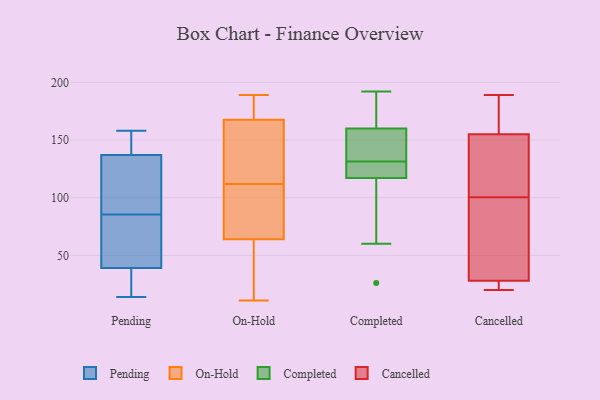
{"axis": {"x": "Satisfaction Score", "y": "Value"}, "legend": ["Cancelled", "Completed", "On-Hold", "Pending"], "data": [{"x": "", "y": 66, "type": "Pending"}, {"x": "", "y": 146, "type": "Pending"}, {"x": "", "y": 78, "type": "Pending"}, {"x": "", "y": 39, "type": "Pending"}, {"x": "", "y": 24, "type": "Pending"}, {"x": "", "y": 109, "type": "Pending"}, {"x": "", "y": 137, "type": "Pending"}, {"x": "", "y": 158, "type": "Pending"}, {"x": "", "y": 14, "type": "Pending"}, {"x": "", "y": 93, "type": "Pending"}, {"x": "", "y": 189, "type": "On-Hold"}, {"x": "", "y": 11, "type": "On-Hold"}, {"x": "", "y": 38, "type": "On-Hold"}, {"x": "", "y": 31, "type": "On-Hold"}, {"x": "", "y": 108, "type": "On-Hold"}, {"x": "", "y": 163, "type": "On-Hold"}, {"x": "", "y": 121, "type": "On-Hold"}, {"x": "", "y": 172, "type": "On-Hold"}, {"x": "", "y": 109, "type": "On-Hold"}, {"x": "", "y": 103, "type": "On-Hold"}, {"x": "", "y": 93, "type": "On-Hold"}, {"x": "", "y": 186, "type": "On-Hold"}, {"x": "", "y": 79, "type": "On-Hold"}, {"x": "", "y": 37, "type": "On-Hold"}, {"x": "", "y": 152, "type": "On-Hold"}, {"x": "", "y": 115, "type": "On-Hold"}, {"x": "", "y": 172, "type": "On-Hold"}, {"x": "", "y": 49, "type": "On-Hold"}, {"x": "", "y": 128, "type": "On-Hold"}, {"x": "", "y": 182, "type": "On-Hold"}, {"x": "", "y": 122, "type": "Completed"}, {"x": "", "y": 120, "type": "Completed"}, {"x": "", "y": 192, "type": "Completed"}, {"x": "", "y": 117, "type": "Completed"}, {"x": "", "y": 26, "type": "Completed"}, {"x": "", "y": 160, "type": "Completed"}, {"x": "", "y": 192, "type": "Completed"}, {"x": "", "y": 141, "type": "Completed"}, {"x": "", "y": 60, "type": "Completed"}, {"x": "", "y": 160, "type": "Completed"}, {"x": "", "y": 138, "type": "Cancelled"}, {"x": "", "y": 189, "type": "Cancelled"}, {"x": "", "y": 177, "type": "Cancelled"}, {"x": "", "y": 24, "type": "Cancelled"}, {"x": "", "y": 155, "type": "Cancelled"}, {"x": "", "y": 20, "type": "Cancelled"}, {"x": "", "y": 71, "type": "Cancelled"}, {"x": "", "y": 52, "type": "Cancelled"}, {"x": "", "y": 130, "type": "Cancelled"}, {"x": "", "y": 28, "type": "Cancelled"}]}